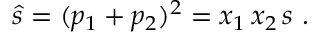
\hat { s } = ( p _ { 1 } + p _ { 2 } ) ^ { 2 } = x _ { 1 } \, x _ { 2 } \, s ~ .